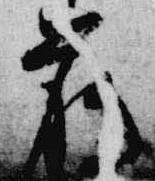
臈